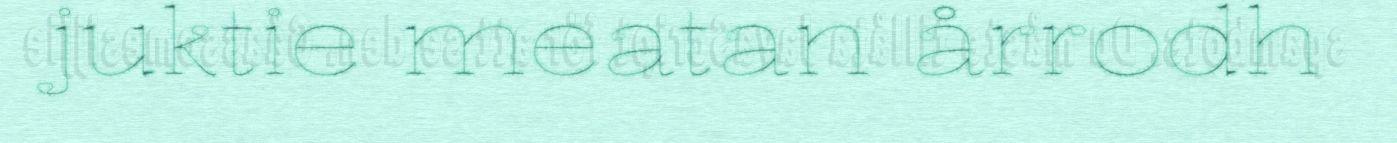
juktie meatan årrodh